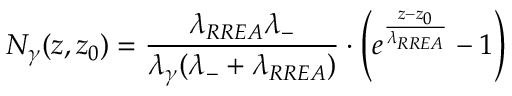
N _ { \gamma } ( z , z _ { 0 } ) = \frac { \lambda _ { R R E A } \lambda _ { - } } { \lambda _ { \gamma } ( \lambda _ { - } + \lambda _ { R R E A } ) } \cdot \left( e ^ { \frac { z - z _ { 0 } } { \lambda _ { R R E A } } } - 1 \right)